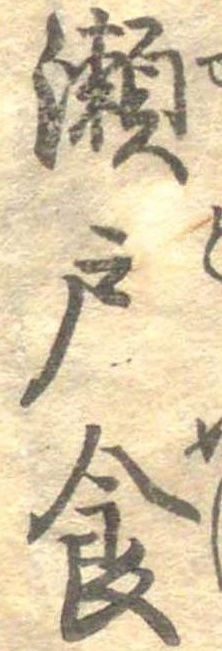
瀬戸食